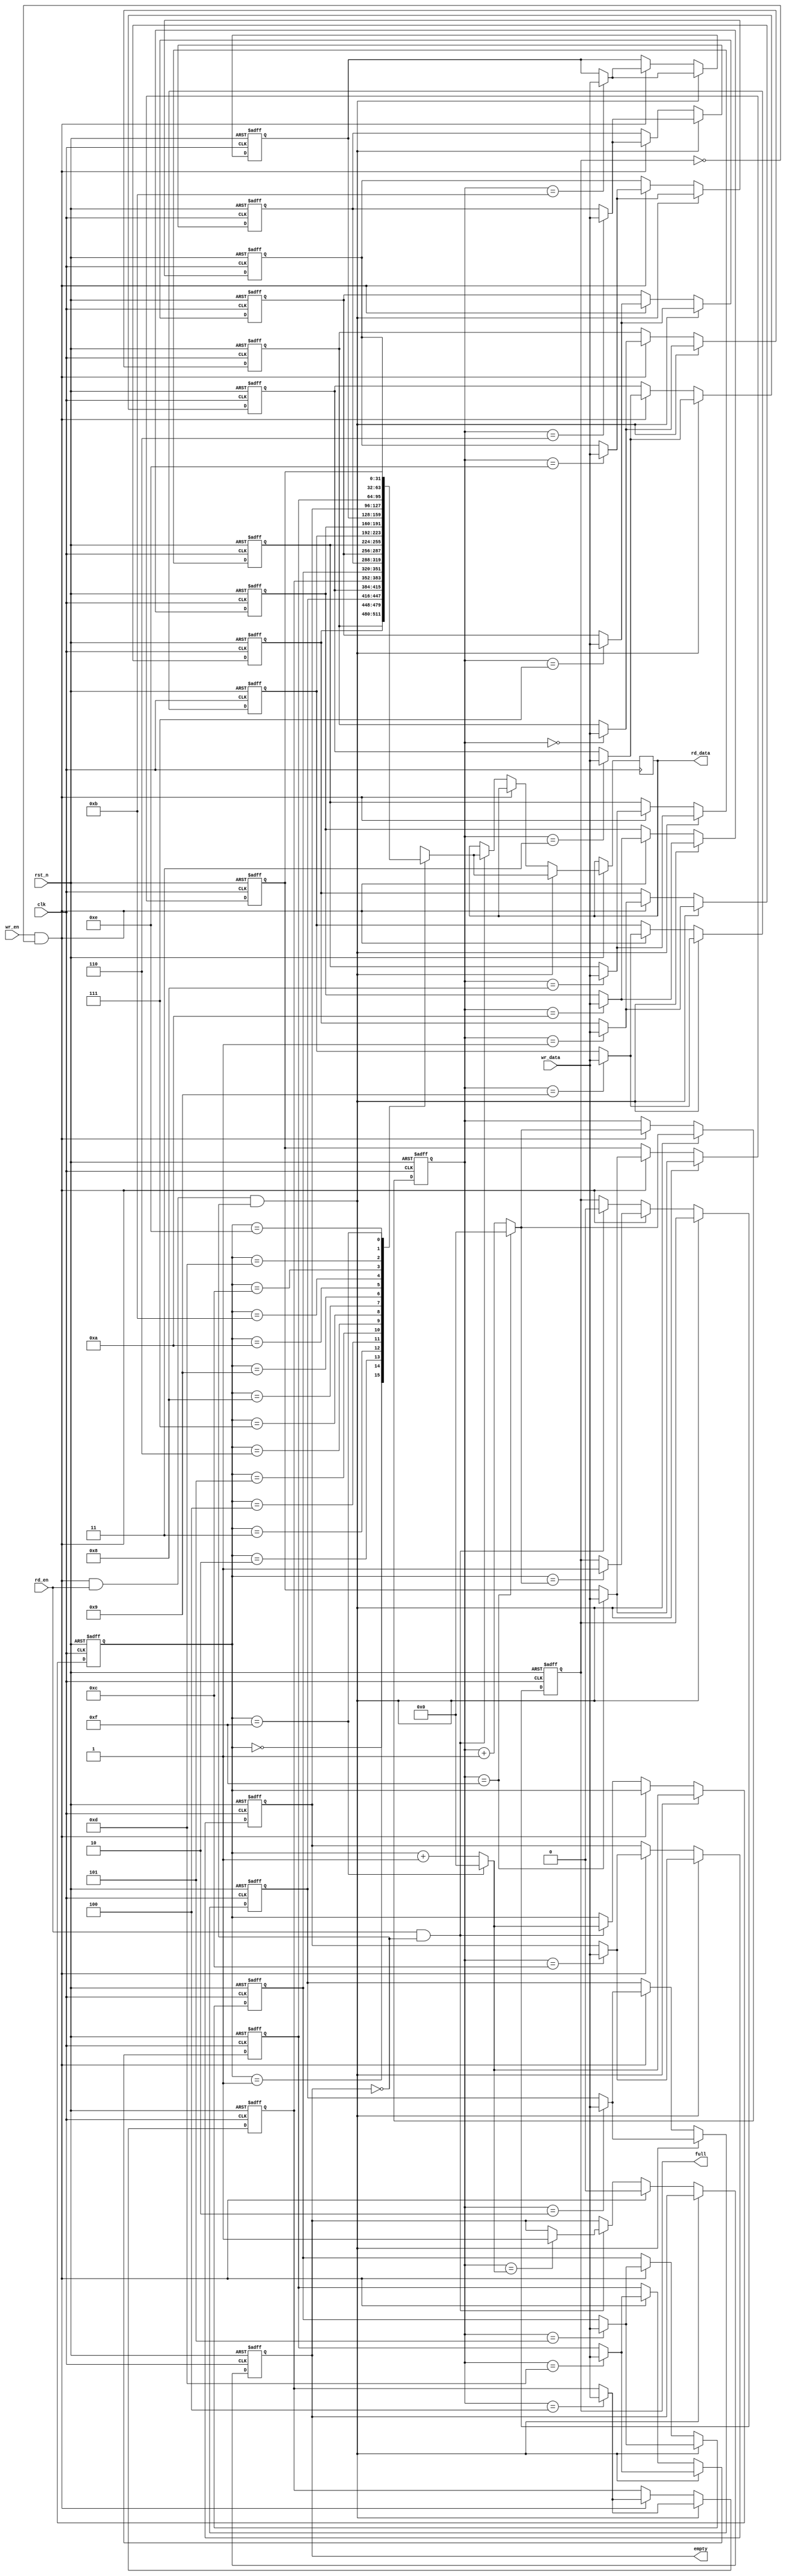
// Component Name   : fifo
// Component Version: 
// Release Type     : 
//  ------------------------------------------------------------------------

// 
// Release version :  
// File Version    :  
// Revision: 
//
//
// Abstract: 

module fifo #(
    parameter DATA_WIDTH = 32,  // 32
    parameter DEPTH = 16        // 16
) (
    input clk,
    input rst_n,
    input wr_en,               // 
    input rd_en,               // 
    input [DATA_WIDTH-1:0] wr_data,  // 
    output reg [DATA_WIDTH-1:0] rd_data, // 
    output reg full,           // FIFO
    output reg empty           // FIFO
);

// 
localparam ADDR_WIDTH = $clog2(DEPTH);

// 
reg [DATA_WIDTH-1:0] memory [0:DEPTH-1]; // FIFO
reg [ADDR_WIDTH-1:0] wr_ptr, rd_ptr;     // 
integer i;

wire [ADDR_WIDTH-1:0] wr_ptr_pone = (wr_ptr == DEPTH-1) ? 0 : wr_ptr + 1;
wire [ADDR_WIDTH-1:0] rd_ptr_pone = (rd_ptr == DEPTH-1) ? 0 : rd_ptr + 1;

// FIFO
always @(posedge clk or negedge rst_n) begin
    if (!rst_n) begin
        // 
        wr_ptr <= 0;
        rd_ptr <= 0;
        empty <= 1;
        full <= 0;
        for (i = 0; i < DEPTH; i = i + 1) begin
            memory[i] <= 0;
        end
    end else begin
        // 
        if (wr_en && !full && rd_en && !empty) begin
            memory[wr_ptr] <= wr_data;
            rd_data <= memory[rd_ptr];
            wr_ptr <= wr_ptr_pone;
            rd_ptr <= rd_ptr_pone;
        end
        // 
        else if (wr_en && !full) begin
            memory[wr_ptr] <= wr_data;
            wr_ptr <= wr_ptr_pone;
            if (rd_ptr == wr_ptr_pone) full <= 1;
            empty <= 0;
        end
        // 
        else if (rd_en && !empty) begin
            rd_data <= memory[rd_ptr];
            rd_ptr <= rd_ptr_pone;
            if (wr_ptr == rd_ptr_pone) empty <= 1;
            full <= 0;
        end

    end
end

endmodule